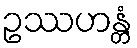
ဥဿဟန္တံ